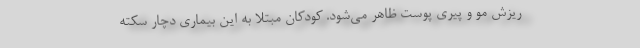
ریزش مو و پیری پوست ظاهر می‌شود. کودکان مبتلا به این بیماری دچار سکته